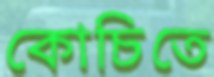
কোচিতে